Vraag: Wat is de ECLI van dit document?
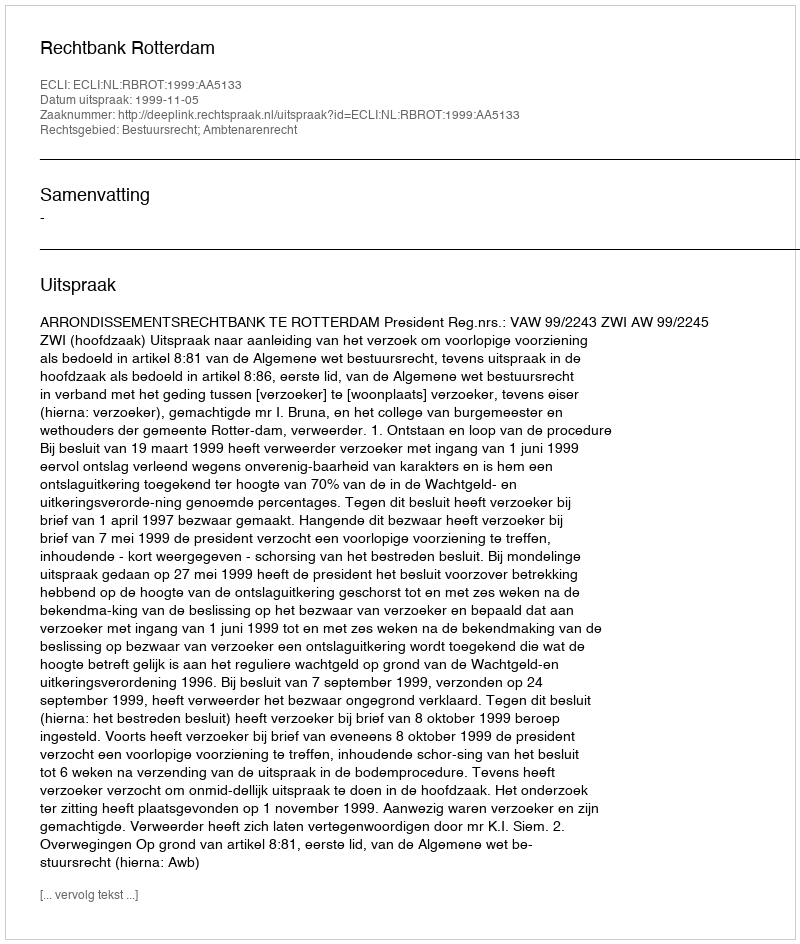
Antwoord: ECLI:NL:RBROT:1999:AA5133